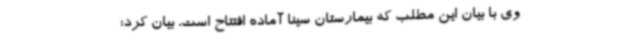
وی با بیان این مطلب که بیمارستان سینا آماده افتتاح است، بیان کرد: